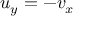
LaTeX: u _ { y } = - v _ { x }